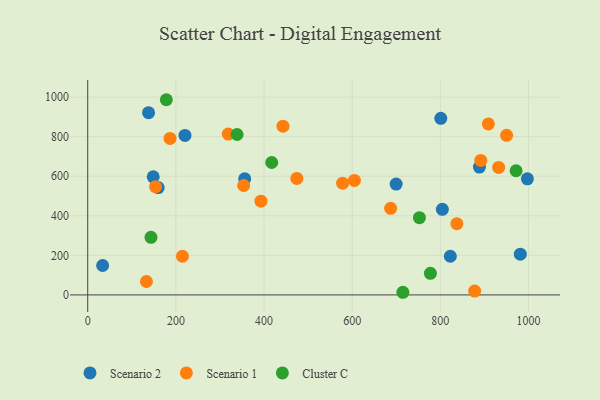
{"axis": {"x": "Study Hours", "y": "Demand"}, "legend": ["Cluster C", "Scenario 1", "Scenario 2"], "data": [{"x": "822.6", "y": 195.4, "type": "Scenario 2"}, {"x": "148.6", "y": 597.1, "type": "Scenario 2"}, {"x": "699.7", "y": 560.6, "type": "Scenario 2"}, {"x": "138.0", "y": 921.5, "type": "Scenario 2"}, {"x": "801.0", "y": 892.7, "type": "Scenario 2"}, {"x": "997.4", "y": 587.0, "type": "Scenario 2"}, {"x": "888.6", "y": 646.5, "type": "Scenario 2"}, {"x": "159.8", "y": 542.6, "type": "Scenario 2"}, {"x": "981.4", "y": 206.1, "type": "Scenario 2"}, {"x": "804.5", "y": 432.7, "type": "Scenario 2"}, {"x": "33.8", "y": 148.8, "type": "Scenario 2"}, {"x": "356.1", "y": 587.3, "type": "Scenario 2"}, {"x": "220.6", "y": 806.2, "type": "Scenario 2"}, {"x": "318.9", "y": 813.1, "type": "Scenario 1"}, {"x": "214.9", "y": 195.4, "type": "Scenario 1"}, {"x": "153.9", "y": 547.1, "type": "Scenario 1"}, {"x": "353.8", "y": 553.1, "type": "Scenario 1"}, {"x": "605.0", "y": 578.6, "type": "Scenario 1"}, {"x": "908.9", "y": 864.4, "type": "Scenario 1"}, {"x": "474.4", "y": 588.9, "type": "Scenario 1"}, {"x": "837.4", "y": 360.3, "type": "Scenario 1"}, {"x": "932.2", "y": 644.8, "type": "Scenario 1"}, {"x": "443.0", "y": 853.3, "type": "Scenario 1"}, {"x": "578.3", "y": 565.2, "type": "Scenario 1"}, {"x": "393.0", "y": 474.0, "type": "Scenario 1"}, {"x": "877.8", "y": 19.4, "type": "Scenario 1"}, {"x": "133.2", "y": 67.9, "type": "Scenario 1"}, {"x": "950.3", "y": 807.0, "type": "Scenario 1"}, {"x": "687.2", "y": 437.9, "type": "Scenario 1"}, {"x": "891.7", "y": 679.9, "type": "Scenario 1"}, {"x": "186.7", "y": 791.4, "type": "Scenario 1"}, {"x": "777.4", "y": 109.2, "type": "Cluster C"}, {"x": "971.8", "y": 627.8, "type": "Cluster C"}, {"x": "178.3", "y": 986.9, "type": "Cluster C"}, {"x": "752.5", "y": 390.6, "type": "Cluster C"}, {"x": "143.5", "y": 291.1, "type": "Cluster C"}, {"x": "417.4", "y": 669.4, "type": "Cluster C"}, {"x": "338.8", "y": 811.1, "type": "Cluster C"}, {"x": "715.0", "y": 13.3, "type": "Cluster C"}]}